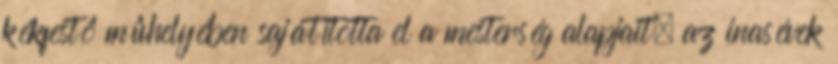
kékfestô mûhelyében sajátította el a mesterség alapjait, az inasévek